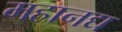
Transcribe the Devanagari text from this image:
महानद्य